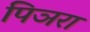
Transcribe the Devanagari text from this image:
पिञरा